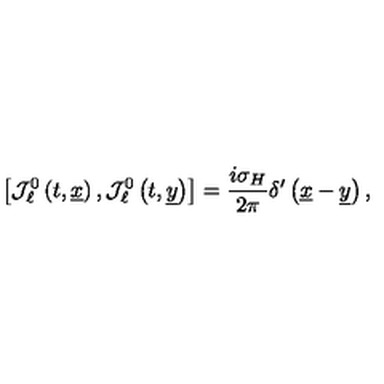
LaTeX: \left[ { \mathcal J } _ { \ell } ^ { 0 } \left( t , \underline { { x } } \right) , { \mathcal J } _ { \ell } ^ { 0 } \left( t , \underline { { y } } \right) \right] = \frac { i \sigma _ { H } } { 2 \pi } \delta ^ { \prime } \left( \underline { { x } } - \underline { { y } } \right) ,